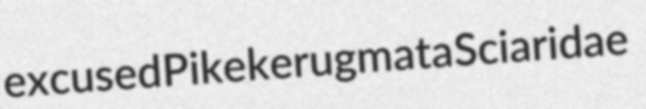
excused Pike kerugmata Sciaridae